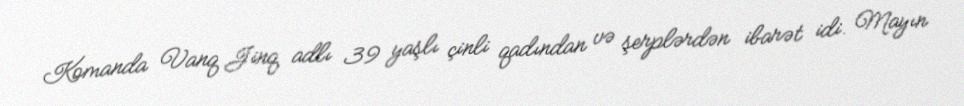
Komanda Vanq Jinq adlı 39 yaşlı çinli qadından və şerplərdən ibarət idi. Mayın